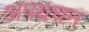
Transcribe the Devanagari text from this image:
अपयचन